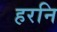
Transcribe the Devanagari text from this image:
हरनि